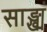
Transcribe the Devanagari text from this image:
साङ्ख्यं